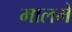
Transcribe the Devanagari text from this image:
मालमे